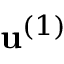
\mathbf { u } ^ { ( 1 ) }